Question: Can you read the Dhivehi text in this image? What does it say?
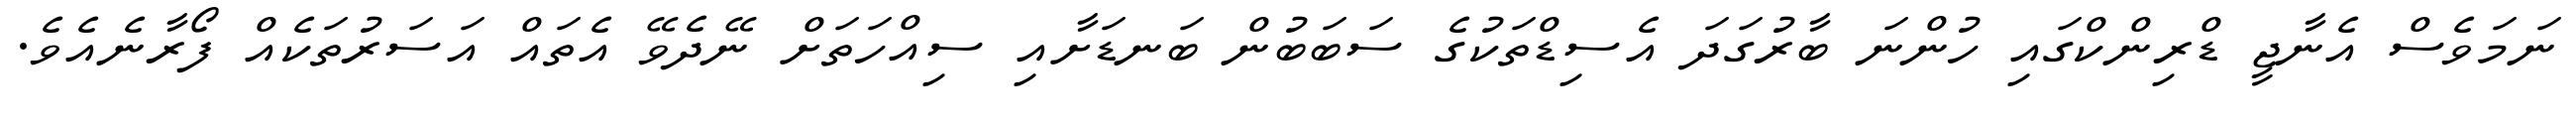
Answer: ނަމަވެސް އެނާޖީ ޑްރިންކްގައި ހުންނަ ބާރުގަދަ އެސިޑްތަކުގެ ސަބަބުން ބަނޑަށާއި ސިއްހަތަށް ނޭދެވޭ އެތައް އަސަރުތަކެއް ފޯރާނެއެވެ.